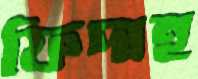
ফিদাহ